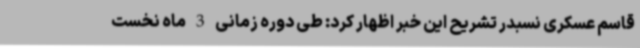
قاسم عسکری نسبدر تشریح این خبر اظهار کرد: طی دوره زمانی 3 ماه نخست